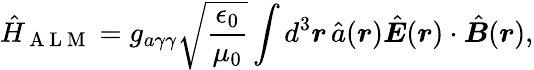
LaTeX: \hat{H}_{\mathrm{~A~L~M~}}=g_{a\gamma\gamma}\sqrt{\frac{\epsilon_{0}}{\mu_{0}}}\int d^{3}\boldsymbol r\, \hat{a}(\boldsymbol r)\hat{\boldsymbol E}(\boldsymbol r)\cdot\hat{\boldsymbol B}(\boldsymbol r),